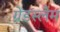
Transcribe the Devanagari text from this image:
ग्रेंडस्लैम